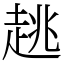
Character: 趒